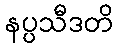
နပ္ပသီဒတိ